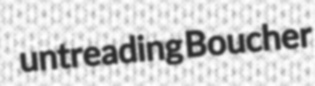
untreading Boucher